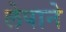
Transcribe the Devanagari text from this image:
लेपाने